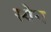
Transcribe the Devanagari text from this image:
स्‍वेन